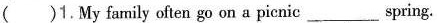
( )1.My family often go on a picnic___spring.